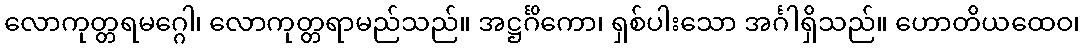
လောကုတ္တရမဂ္ဂေါ၊ လောကုတ္တရာမည်သည်။ အဋ္ဌင်္ဂိကော၊ ရှစ်ပါးသော အင်္ဂါရှိသည်။ ဟောတိယထေဝ၊